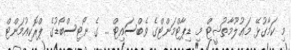
މި ކަމާގުޅޭ މަޢުލޫމާތުޝީޓް މި ޑިޕާޓްމަންޓްގެ ވެބްސައިޓް ... ގެ ނޯޓިސްބޯޑުގެ ޕްރޮކިއުމަންޓް